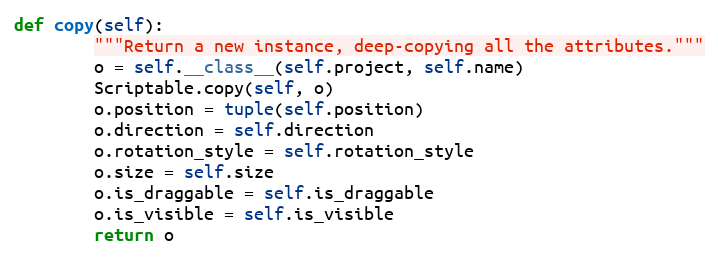
Language: Python
def copy(self):
        """Return a new instance, deep-copying all the attributes."""
        o = self.__class__(self.project, self.name)
        Scriptable.copy(self, o)
        o.position = tuple(self.position)
        o.direction = self.direction
        o.rotation_style = self.rotation_style
        o.size = self.size
        o.is_draggable = self.is_draggable
        o.is_visible = self.is_visible
        return o